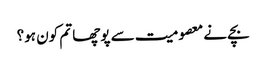
بچے نے معصومیت سے پوچھا تم کون ہو؟